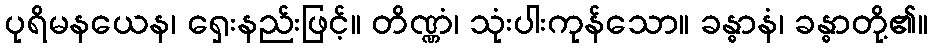
ပုရိမနယေန၊ ရှေးနည်းဖြင့်။ တိဏ္ဏံ၊ သုံးပါးကုန်သော။ ခန္ဓာနံ၊ ခန္ဓာတို့၏။